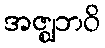
အဇ္ဈဘဝိ